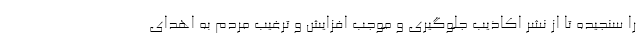
را سنجیده تا از نشر اکاذیب جلوگیری و موجب افزایش و ترغیب مردم به اهدای